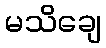
မသိချေ